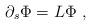
LaTeX: \begin{align*}\partial_s\Phi = L\Phi\ ,\end{align*}